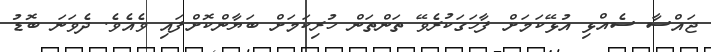
ޖައްސާ ސެއްޅި އުޅޭކަމަށް ފާހަގަކުރެވޭ ތަންތަން ހުރިކަމަށް ބަޔާންކޮށްފައި ވެއެވެ. ދެވަނަ ބޮޑު